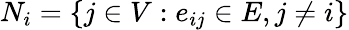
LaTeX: N_{i}=\{ j\in V:e_{ij}\in E,j\neq i\}